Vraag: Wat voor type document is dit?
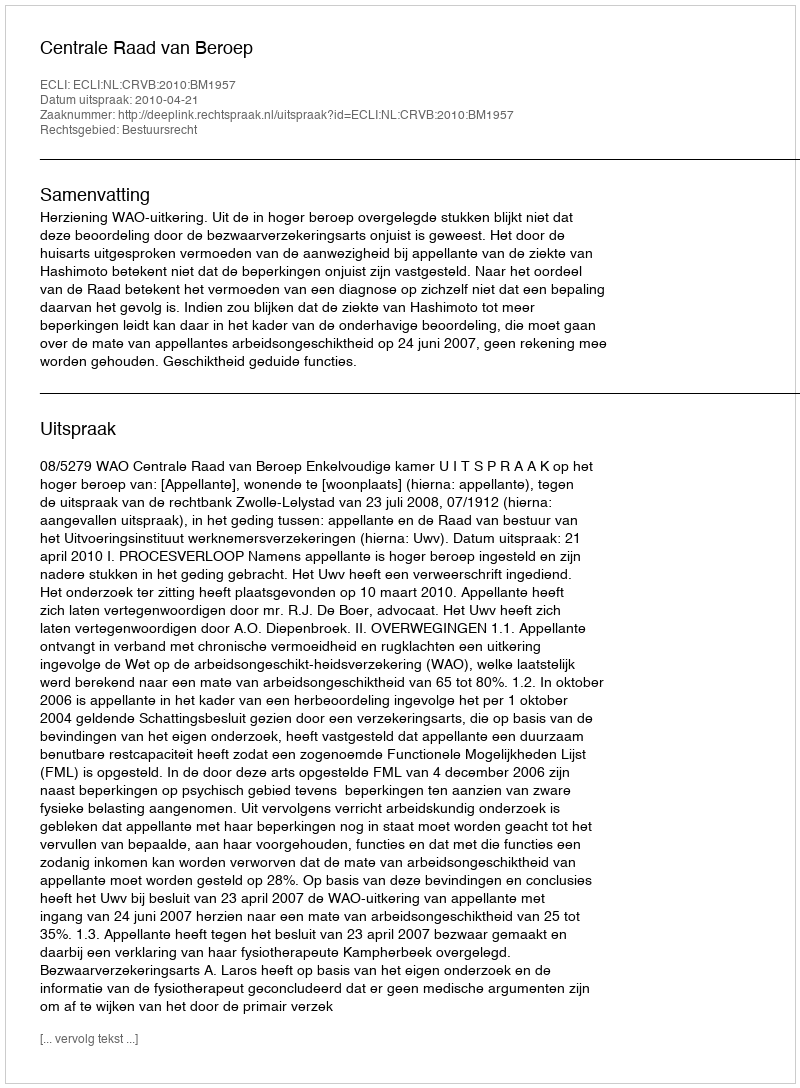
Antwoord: Uitspraak